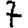
Digit: 7